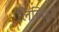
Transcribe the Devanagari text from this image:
लिखिहुई